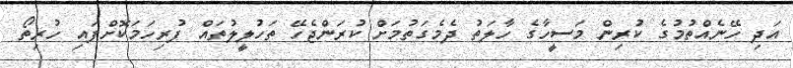
އަދި ހޭނެއްތުމުގެ ކުރިން މަސީހާގެ ހާލަތު ދެމެގަތުމަށް ކުރަންޖެހޭ ތަހުލީލުތައް ފުރިހަމަކޮށްފައި ހުރިތޯ